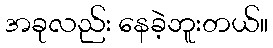
အခုလည်း နေခဲ့ဘူးတယ်။